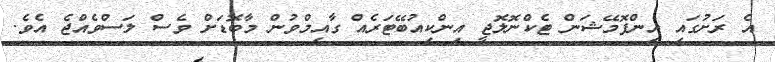
އެ ރަށުގައި އިންފޮމޭޝަން ޓެކްނޮލޮޖީ އިންކިއުބޭޓަރެއް ގާއިމްވުން މާބޮޑަށް ވެސް ލަސްވެއްޖެ އެވެ.